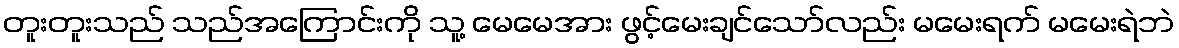
တူးတူးသည် သည်အကြောင်းကို သူ့ မေမေအား ဖွင့်မေးချင်သော်လည်း မမေးရက် မမေးရဲဘဲ